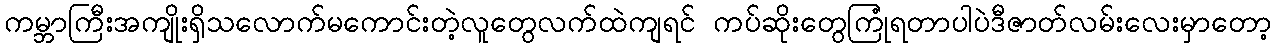
ကမ္ဘာကြီးအကျိုးရှိသလောက်မကောင်းတဲ့လူတွေလက်ထဲကျရင် ကပ်ဆိုးတွေကြုံရတာပါပဲဒီဇာတ်လမ်းလေးမှာတော့